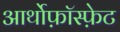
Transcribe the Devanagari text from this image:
आर्थोफ़ॉस्फ़ेट